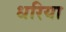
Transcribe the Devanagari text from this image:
धरिया